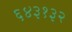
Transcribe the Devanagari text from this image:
६४३१३२